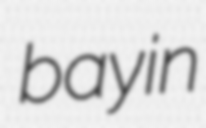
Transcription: bay in